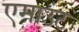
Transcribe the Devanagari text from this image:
एमाउंट